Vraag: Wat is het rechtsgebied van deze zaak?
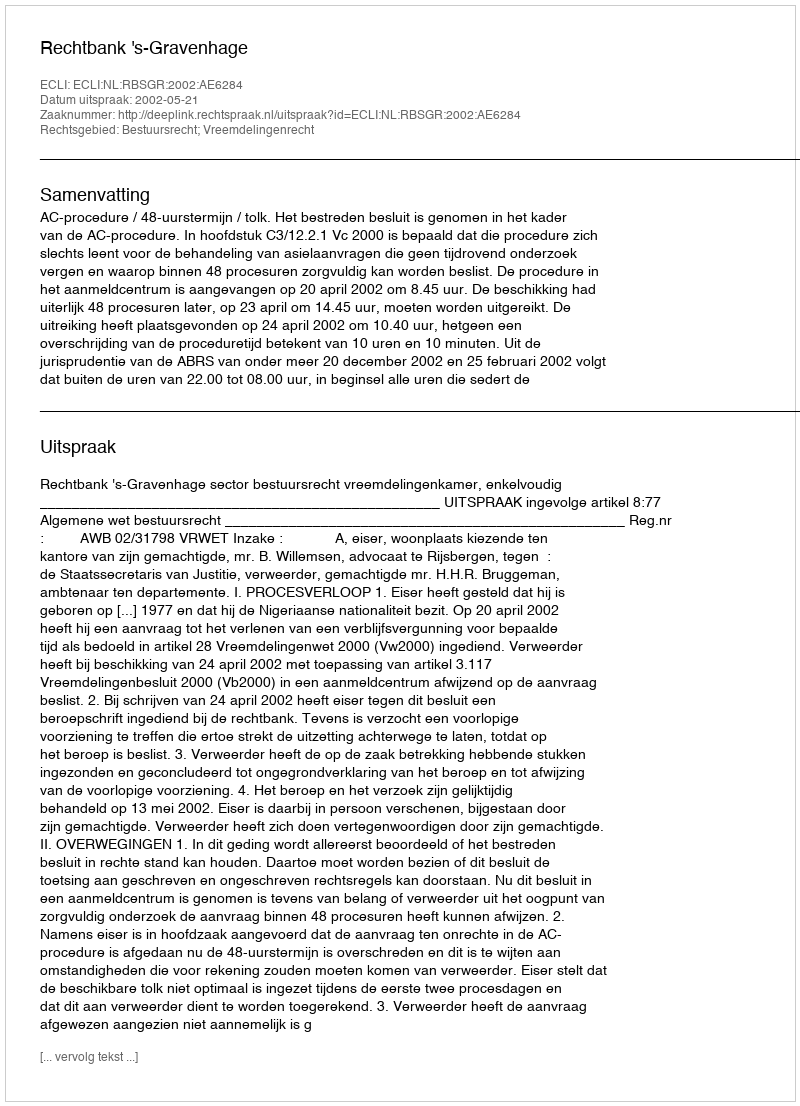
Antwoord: Bestuursrecht; Vreemdelingenrecht